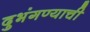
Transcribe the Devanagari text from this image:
दुभंगण्याची